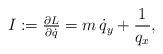
LaTeX: \begin{align*} I:=\tfrac{\partial L}{\partial \dot{q}} = m\, \dot{q}_y+\frac{1}{q_x}, \end{align*}